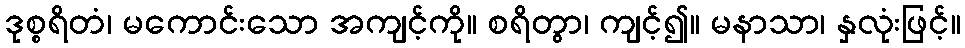
ဒုစ္စရိတံ၊ မကောင်းသော အကျင့်ကို။ စရိတွာ၊ ကျင့်၍။ မနာသာ၊ နှလုံးဖြင့်။